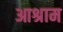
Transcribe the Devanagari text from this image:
आश्राम